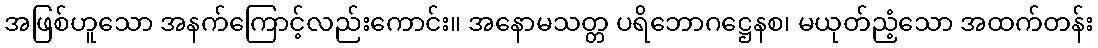
အဖြစ်ဟူသော အနက်ကြောင့်လည်းကောင်း။ အနောမသတ္တ ပရိဘောဂဋ္ဌေနစ၊ မယုတ်ညံ့သော အထက်တန်း